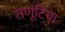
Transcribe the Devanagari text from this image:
तणूटिया